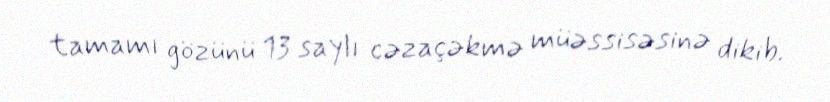
tamamı gözünü 13 saylı cəzaçəkmə müəssisəsinə dikib.